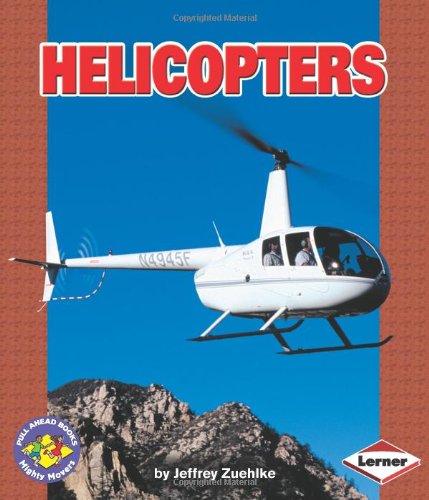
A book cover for Helicopters (Pull Ahead Books); Jeffrey Zuehlke; Children's Books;